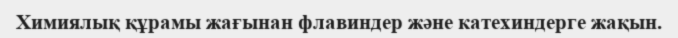
Химиялық құрамы жағынан флавиндер және катехиндерге жақын.